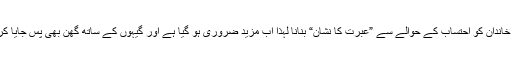
شریف خاندان کو احتساب کے حوالے سے ”عبرت کا نشان“ بنانا لہٰذا اب مزید ضروری ہو گیا ہے اور گیہوں کے ساتھ گھن بھی پس جایا کرتا ہے۔